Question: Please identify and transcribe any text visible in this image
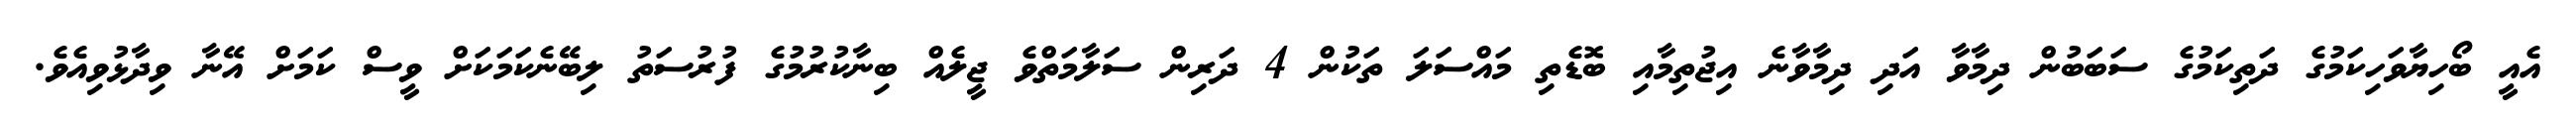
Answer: އެއީ ބޯހިޔާވަހިކަމުގެ ދަތިކަމުގެ ސަބަބުން ދިމާވާ އަދި ދިމާވާނެ އިޖުތިމާއި ބޮޑެތި މައްސަލަ ތަކުން 4 ދަރިން ސަލާމަތްވެ ޖީލެއް ބިނާކުރުމުގެ ފުރުސަތު ލިބޭނެކަމަކަށް ވީސް ކަމަށް އޭނާ ވިދާޅުވިއެވެ.